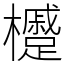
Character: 㰗